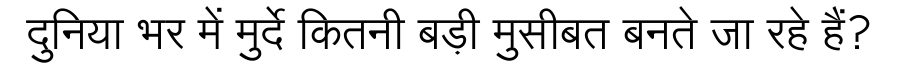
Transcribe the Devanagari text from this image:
दुनिया भर में मुर्दे कितनी बड़ी मुसीबत बनते जा रहे हैं?